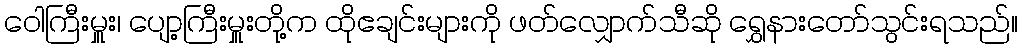
ဝေါကြီးမှူး၊ ပျော့ကြီးမှူးတို့က ထိုဧချင်းများကို ဖတ်လျှောက်သီဆို ရွှေနားတော်သွင်းရသည်။